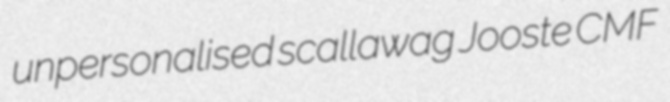
unpersonalised scallawag Jooste CMF